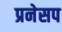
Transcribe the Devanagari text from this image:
प्रनेसप